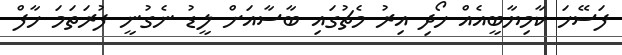
ފަސޭހަ ކާމިޔާބީއެއް ހޯދި އިރު މެޗުގައި ބާސާއަށް ލީޑު ނެގުނީ ފުރަތަމަ ހާފް